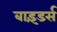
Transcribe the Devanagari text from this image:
बाइंडर्स